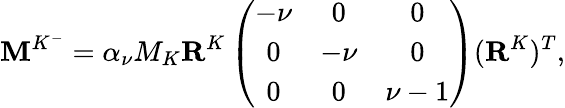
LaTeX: \mathbf{M}^{K^{-}}=\alpha_{\nu}M_{K}\mathbf{R}^{K}\left(\begin{array}{ccc}{-\nu}&{0}&{0}\\ {0}&{-\nu}&{0}\\ {0}&{0}&{\nu-1}\end{array}\right)(\mathbf{R}^{K})^{T},